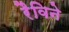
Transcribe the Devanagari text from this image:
रैविने